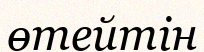
өтейтін